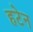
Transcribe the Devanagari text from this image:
हटेन